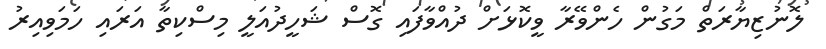
ލޮނުޒިޔާރަތް މަގުން ހެންވޭރާ ވީކޮޅަށް ދުއްވާފައި ގޮސް ޝަހީދުއަލީ މިސްކިތާ އަރައި ހަމަވިއިރު